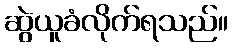
ဆွဲယူခံလိုက်ရသည်။